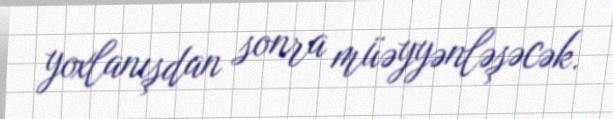
yoxlanışdan sonra müəyyənləşəcək.